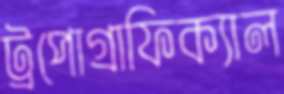
ট্রপোগ্রাফিক্যাল